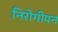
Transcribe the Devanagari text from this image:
निरोगीपन